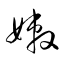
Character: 嫩